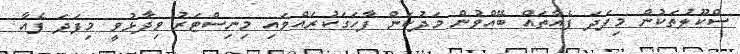
ސްކޫލުތަކުން މިފަދަ ފެއާތައް ބޭއްވުން މަދުކަން ފާހަގަކުރައްވައި މިނިސްޓަރު ވިދާޅުވީ މިފަދަ ފެއާ